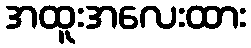
အထူးအလေးထား